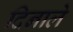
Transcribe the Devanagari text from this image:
दिनाले